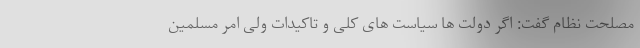
مصلحت نظام گفت: اگر دولت ها سیاست های کلی و تاکیدات ولی امر مسلمین